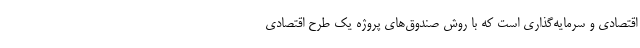
اقتصادی و سرمایه‌گذاری است که با روش صندوق‌های پروژه یک طرح اقتصادی